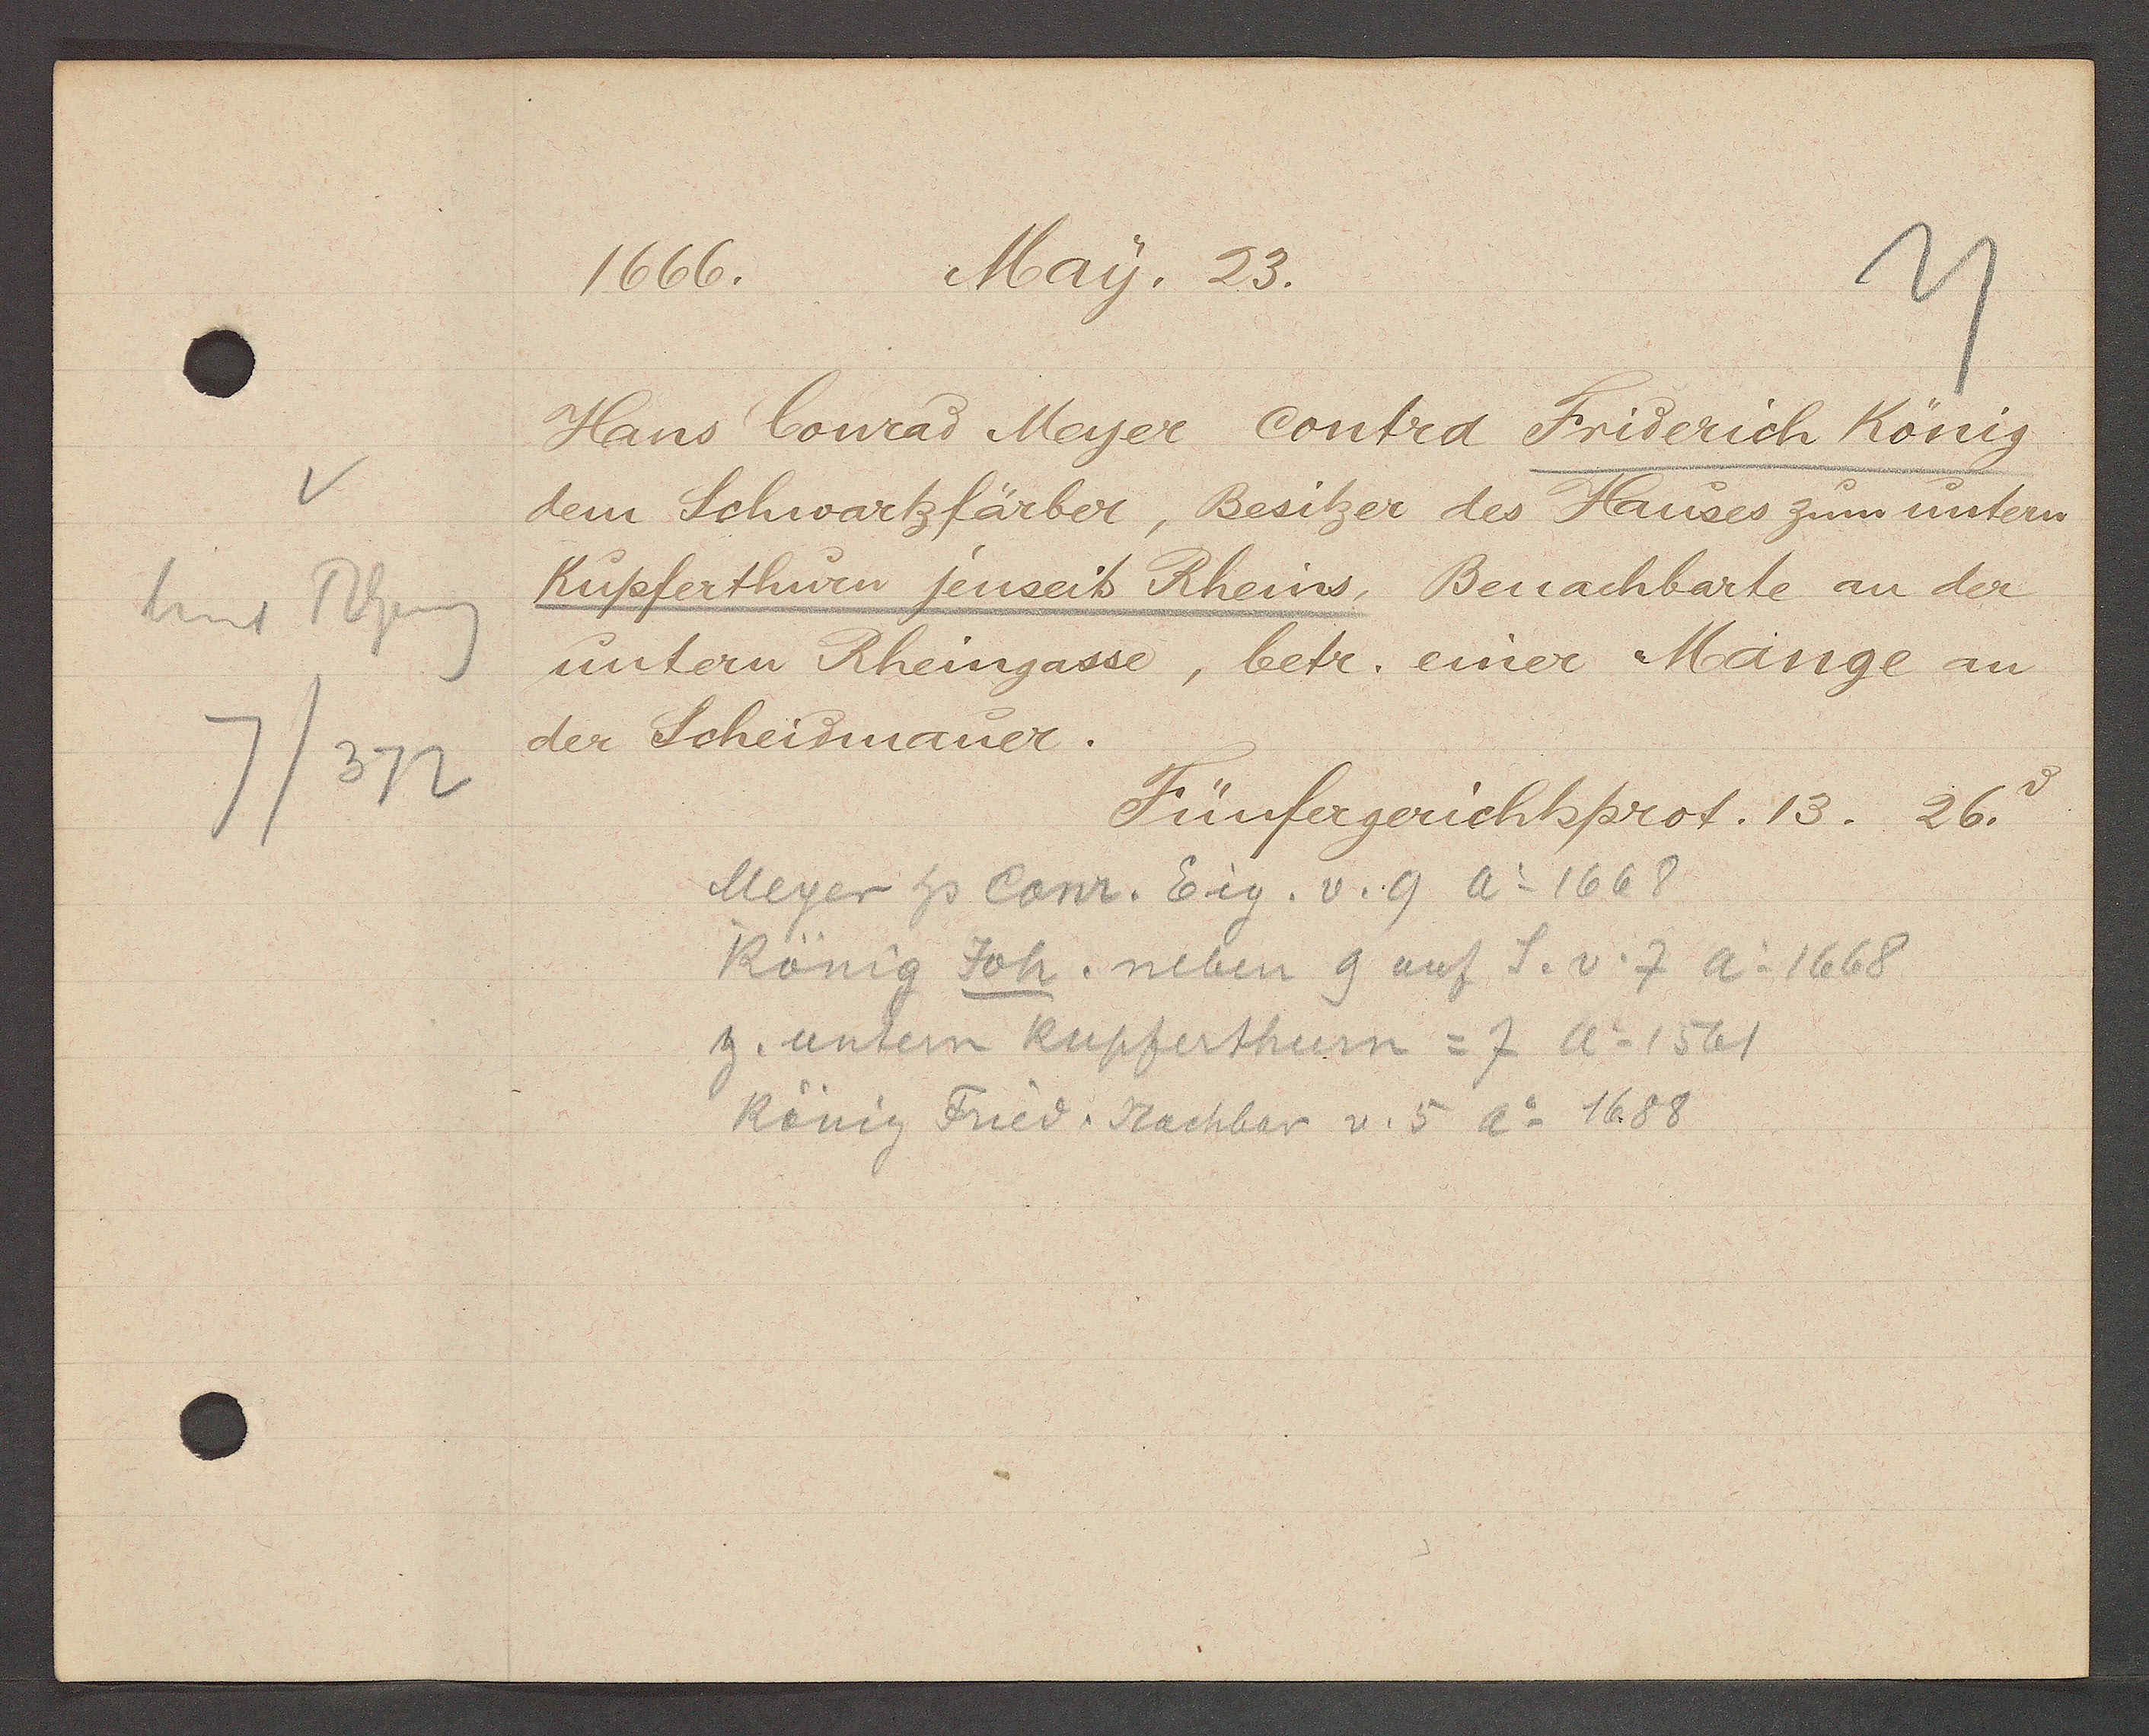
Transcript:
hint Rheing
7/372

1666.
May. 23.

Hans Conrad Meyer contra Friderich König
dem Schwartzfärber, Besitzer des Hauses zum untern
Kupferthurn jenmeits Rheins, Benachbarte an der
untern Rheingasse, betr. einer Mange an
der Scheidmauer.

Fünfergerichtsprot. 13. 26.

Meyer hs Conr. Eig. v. 9 Ao 1668
König Joh. neben 9 auf S.v. 7 Ao 1668
z. untem Kupferthurn = 7 Ao 1561
König Fried. Nachbar v. 5 Ao 1688